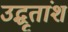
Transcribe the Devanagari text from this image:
उद्धृतांश